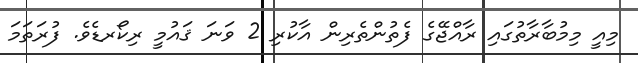
މިއީ މިމުބާރާތުގައި ރާއްޖޭގެ ފެތުންތެރިން އާކުރި 2 ވަނަ ޤައުމީ ރިކޯރޑެވެ. ފުރަތަމަ